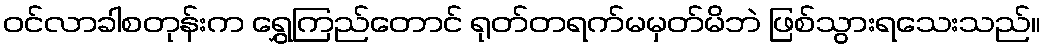
ဝင်လာခါစတုန်းက ရွှေကြည်တောင် ရုတ်တရက်မမှတ်မိဘဲ ဖြစ်သွားရသေးသည်။